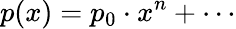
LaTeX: p(x)=p_{0}\cdot x^{n}+\cdots